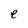
Character: e